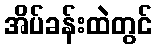
အိပ်ခန်းထဲတွင်